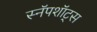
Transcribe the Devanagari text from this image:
स्नॅपशॉट्स